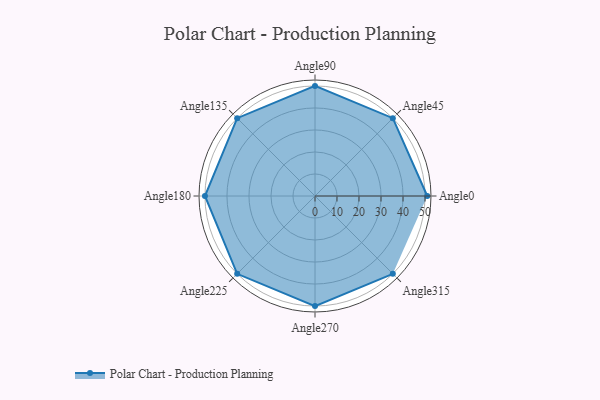
{"axis": {"x": "Angle", "y": "Radius"}, "legend": [""], "data": [{"x": "Angle0", "y": 51.0, "type": ""}, {"x": "Angle45", "y": 50, "type": ""}, {"x": "Angle90", "y": 50, "type": ""}, {"x": "Angle135", "y": 50, "type": ""}, {"x": "Angle180", "y": 50, "type": ""}, {"x": "Angle225", "y": 50, "type": ""}, {"x": "Angle270", "y": 50, "type": ""}, {"x": "Angle315", "y": 50, "type": ""}]}